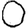
Digit: 0